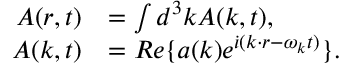
\begin{array} { r l } { \boldsymbol { A } ( \boldsymbol { r } , t ) } & { = \int d ^ { 3 } \boldsymbol { k } \boldsymbol { A } ( \boldsymbol { k } , t ) , } \\ { \boldsymbol { A } ( \boldsymbol { k } , t ) } & { = R e \{ \boldsymbol { a } ( \boldsymbol { k } ) e ^ { \dot { \iota } ( \boldsymbol { k \cdot r } - \omega _ { \boldsymbol { k } } t ) } \} . } \end{array}